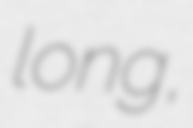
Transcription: long,